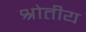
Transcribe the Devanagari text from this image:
श्रोतीय